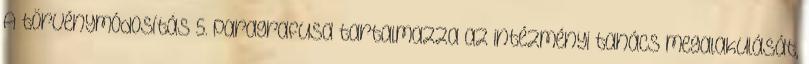
A törvénymódosítás 5. paragrafusa tartalmazza az intézményi tanács megalakulását,